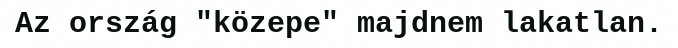
Az ország "közepe" majdnem lakatlan.